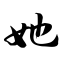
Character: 她